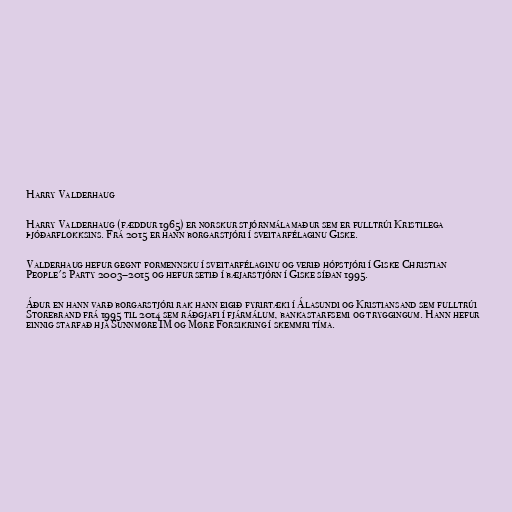
Harry Valderhaug

Harry Valderhaug (fæddur 1965) er norskur stjórnmálamaður sem er fulltrúi Kristilega
þjóðarflokksins. Frá 2015 er hann borgarstjóri í sveitarfélaginu Giske.

Valderhaug hefur gegnt formennsku í sveitarfélaginu og verið hópstjóri í Giske Christian
People's Party 2003–2015 og hefur setið í bæjarstjórn í Giske síðan 1995.

Áður en hann varð borgarstjóri rak hann eigið fyrirtæki í Álasundi og Kristiansand sem fulltrúi
Storebrand frá 1995 til 2014 sem ráðgjafi í fjármálum, bankastarfsemi og tryggingum. Hann hefur
einnig starfað hjá Sunnmøre IM og Møre Forsikring í skemmri tíma.